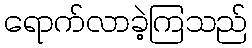
ရောက်လာခဲ့ကြသည်